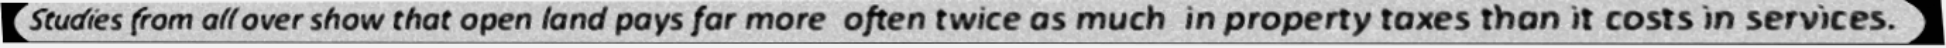
Studies from all over show that open land pays far more  often twice as much  in property taxes than it costs in services.